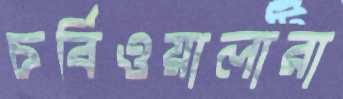
চর্বিওয়ালারা